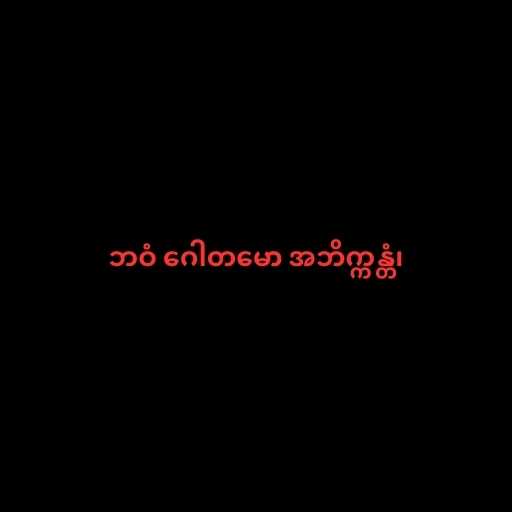
ဘဝံ ဂေါတမော အဘိက္ကန္တံ၊